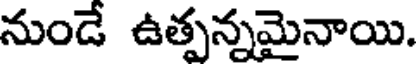
నుండే ఉత్పన్నమైనాయి.